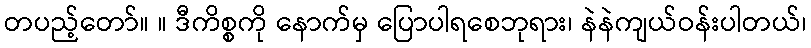
တပည့်တော်။ ။ ဒီကိစ္စကို နောက်မှ ပြောပါရစေဘုရား၊ နဲနဲကျယ်ဝန်းပါတယ်၊